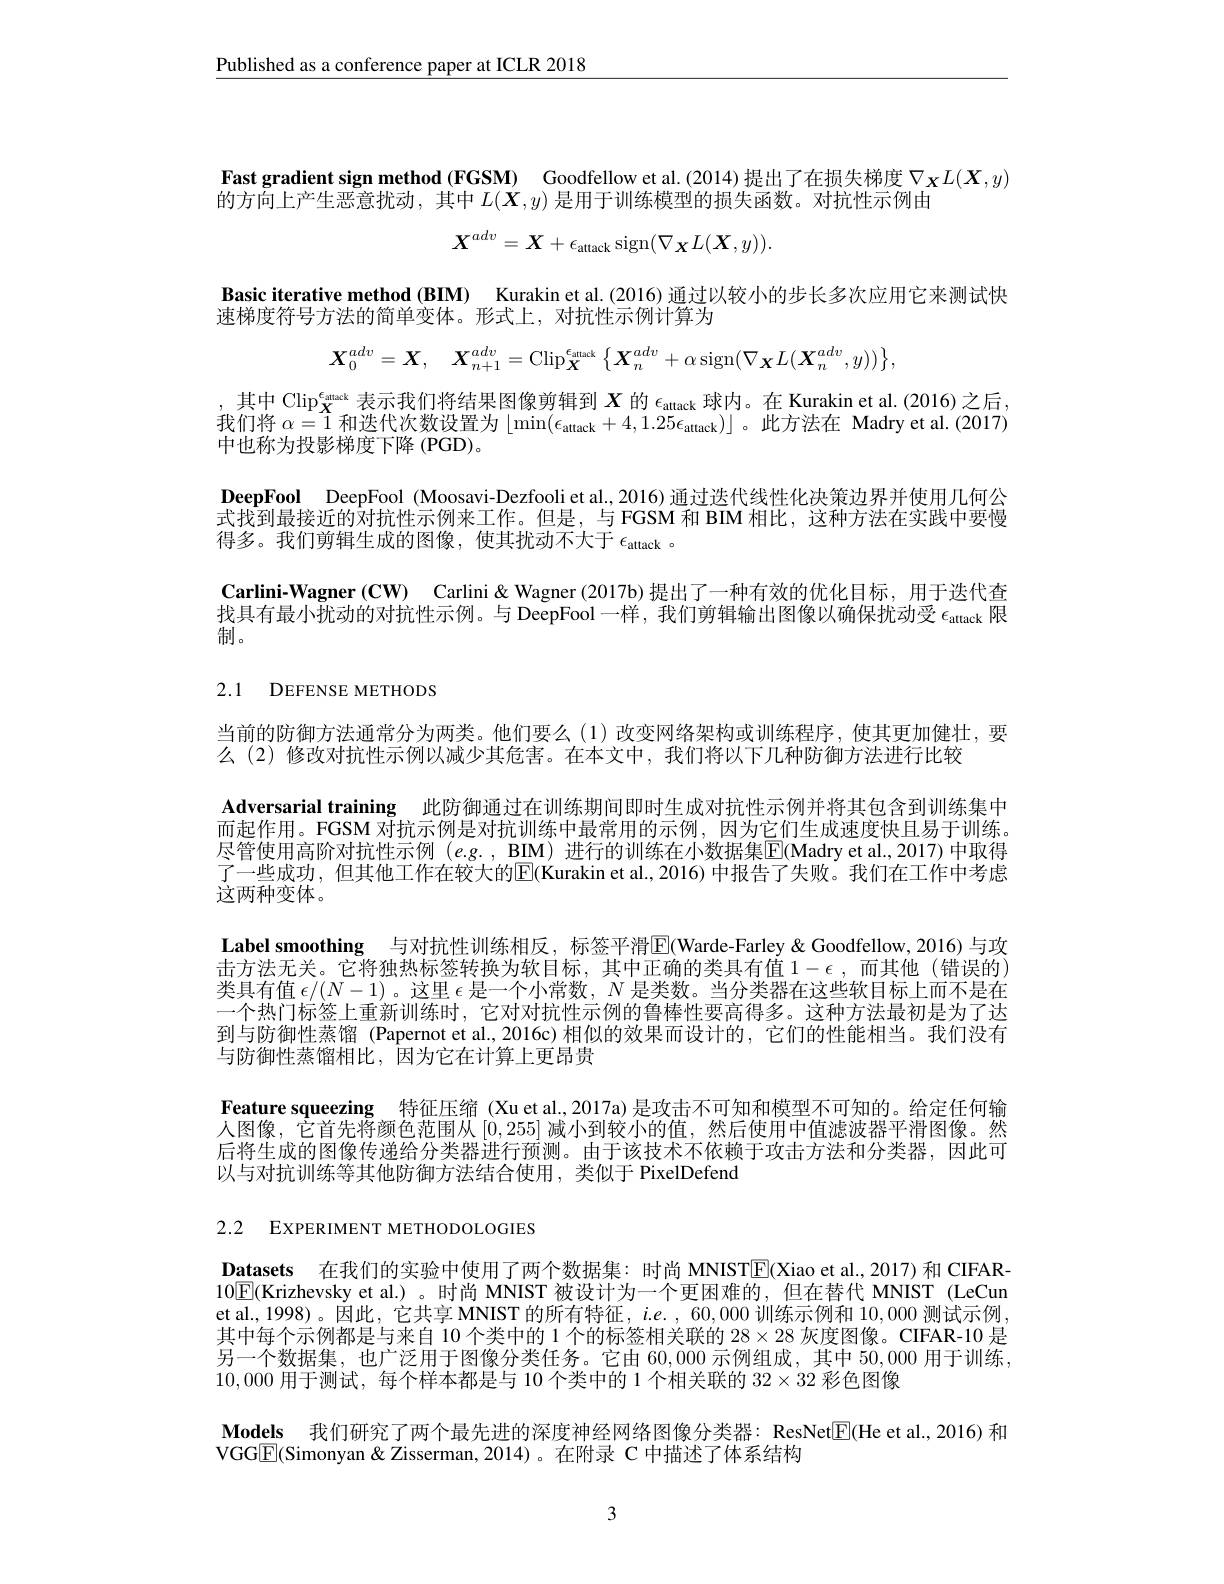
$\underline{\text{Published as a conference paper at}}$

Fast gradient sign method (FGSM) Goodf
的方向上产生恶意扰动，其中$L(\boldsymbol{X},y)$是用于训练模型的损失函数
$$\boldsymbol{X}^{adv}=\boldsymbol{X}+\epsilon_{\mathrm{attack}}\operatorname{sign}(\nabla_{\boldsymbol{X}}L(\boldsymbol{X},y)).$$
Basic iterative method (BIM) Kurakin et al. (2016) 通过以较小的步长多次应用它来测试快
速梯度符号方法的简单变体。形式上，对抗性示例计算为
$$\boldsymbol{X}_{0}^{adv}=\boldsymbol{X},\quad\boldsymbol{X}_{n+1}^{adv}=\mathrm{Clip}_{\boldsymbol{X}}^{\epsilon_{\mathrm{atuak}}}\left\{\boldsymbol{X}_{n}^{adv}+\alpha\operatorname{sign}(\nabla_{\boldsymbol{X}}L(\boldsymbol{X}_{n}^{adv},y))\right\},$$
$\begin{array}{c},&\text{其中 Clip}_{\mathbf{X}}^{\mathbf{\epsilon}_{\mathrm{mack}}}\text{表示我们将结果图像剪辑到 }\boldsymbol{X}\text{ 的 }\epsilon_{\mathrm{attack}}\text{球内。在 Kurakin et al.(2016)之后，}\\\text{我们将 }\alpha=1&\text{和迭代次数设置为 }\lfloor\min(\epsilon_{\mathrm{attack}}+4,1.25\epsilon_{\mathrm{attack}})\rfloor\text{。此方法在 Madry et al.(2017)}\end{array}$
中也称为投影梯度下降(PGD)。
DeepFool DeepFool (Moosavi-Dezfooli et al., 2016) 通过迭代线性化决策边界并使用几何公式找到最接近的对抗性示例来工作。但是，与 FGSM 和 BIM 相比，这种方法在实践中要慢得多。我们剪辑生成的图像，使其扰动不大于$\epsilon_\mathrm{attack}$ 。
Carlini-Wagner (CW) Carlini& Wagner (2017b) 提出了一种有效的优化目标，用于迭代查找具有最小扰动的对抗性示例。与 DeepFool 一样，我们剪辑输出图像以确制。

## 2.1 DEFENSE METHODS

当前的防御方法通常分为两类。他们要么(1)改变网络架构或训练程序，使其更加健
么(2)修改对抗性示例以减少其危害。在本文中，我们将以下几种防御方法进行比较
Adversarial training 此防御通过在训练期间即时生成对抗性示例并将其包含到训练集中而起作用。FGSM 对抗示例是对抗训练中最常用的示例，因为它们生成速度快且易于训练。尽管使用高阶对抗性示例 $( e. g. $, BIM) 进行的训练在小数据集$\boxed{\mathrm{F}}($Madry et al.,2017)中取得了一些成功，但其他工作在较大的$\boxed{\mathrm{E}}($Kurakin et al.,2016) 中报告了失败。我们在工作中考虑这两种变体。
Label smoothing 与对抗性训练相反，标签平滑$\boxed{\mathrm{F}}($ 击方法无关。它将独热标签转换为软目标，其中正确的类具有值$1-\epsilon$,而其他(错误的) 类具有值$\epsilon/(N-1)$ 。这里$\epsilon$是一个小常数，$N$是类数一个热门标签上重新训练时，它对对抗性示例的鲁棒性要高得多。这种方法最初是为了到与防御性蒸馏 (Papernot et al.,2016c)相似的效果而设与防御性蒸馏相比，因为它在计算上更昂贵
Feature squeezing 特征压缩 (Xu et al., 2017a) 是攻击不可知和模型不可知的。给定任何输人图像，它首先将颜色范围从[0,255]减小到较小的值，然后使用中值滤波器平滑图像。然后将生成的图像传递给分类器进行预测。由于该技术不依赖于攻击方法和分类器，因此可以与对抗训练等其他防御方法结合使用，类似于 PixelDefend

2.2 EXPERIMENT METHODOLOGIES

Datasets 在我们的实验中使用了两个数据集：时尚 MNIST$\boxed{\mathrm{E}}($Xiao et al.,2017)和 CIFAR- $10\boxed{\mathrm{E}}($Krizhevsky et al.)。时尚 MNIST 被设计为一个更困难的，但在替代 MNIST (LeCun et al., 1998)。因此，它共享 MNIST 的所有特征，$i.$ 其中每个示例都是与来自 10 个类中的 1 个的标签相关联的$28\times28$灰度图像。CIFAR-10 是另一个数据集，也广泛用于图像分类任务。它由 60,000示例组成，其中 50,000用于训练， 10,000用于测试，每个样本都是与 10 个类中的 1 个相关联的$32\times32$彩色图像
Models 我们研究了两个最先进的深度神经网络图像分类器：ResNet
VGGE(Simonyan & Zisserman, 2014)。在附录 C 中描述了体系结构